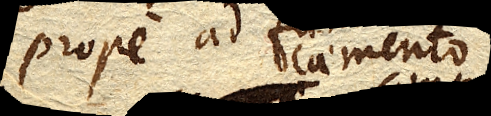
prope ad caemento